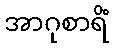
အာဂုစာရိံ